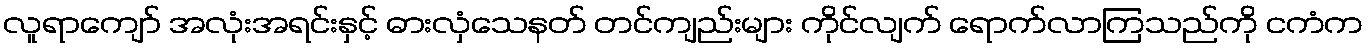
လူရာကျော် အလုံးအရင်းနှင့် ဓားလှံသေနတ် တင်ကျည်းများ ကိုင်လျက် ရောက်လာကြသည်ကို ငကံက